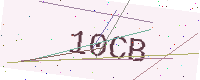
Text: 10CB